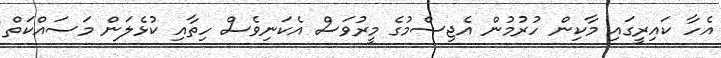
އެހާ ކައިރީގައި މާކިން ހުރުމުން އެޖިސްމުގެ މީރުވަސް އެކަނިވެސް ހިތާއި ކުޅެލަން މަސައްކަތް